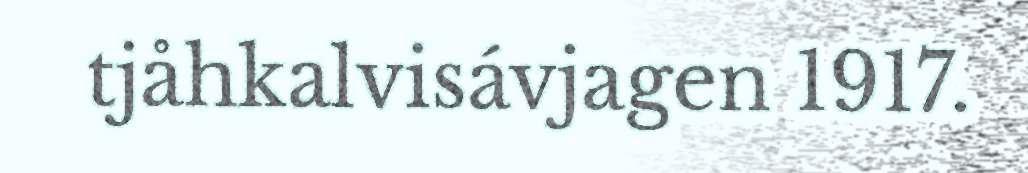
tjåhkalvisávjagen 1917.